Scottish Leaving Certificate Examination, 1954
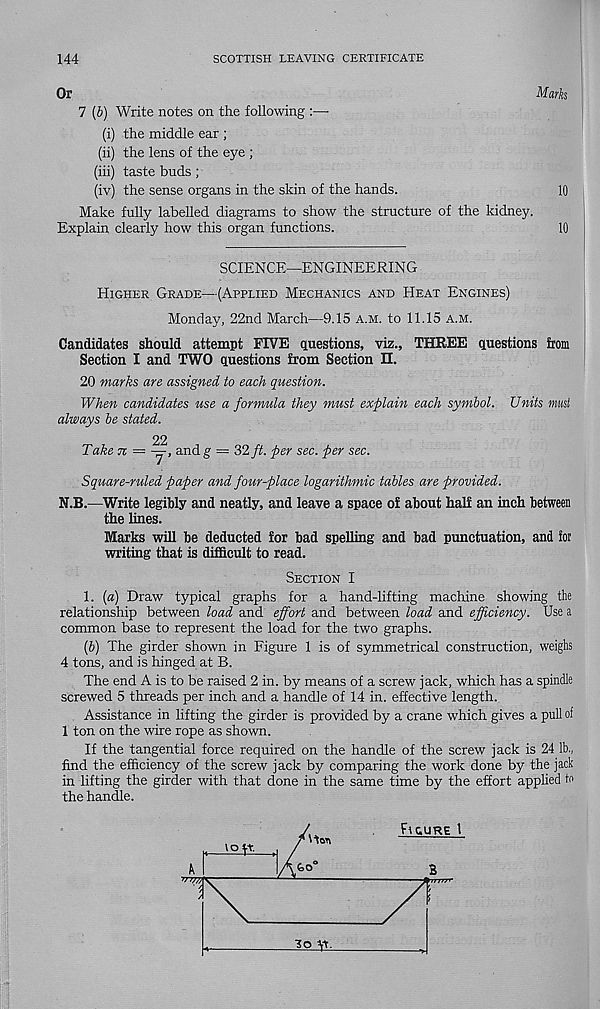
144
SCOTTISH LEAVING CERTIFICATE
Or
Mark
7 (b) Write notes on the following :—
(i) the middle ear ;
(ii) the lens of the eye ;
(iii) taste buds;
(iv) the sense organs in the skin of the hands.
10
Make fully labelled diagrams to show the structure of the kidney.
Explain clearly how this organ functions.
10
SCIENCE—ENGINEERING
Higher Grade—(Applied Mechanics and Heat Engines)
Monday, 22nd March—9.15 a.m. to 11.15 A.m.
Candidates should attempt FIVE questions, viz., THREE questions horn
Section I and TWO questions from Section n.
20 marks are assigned to each question.
When candidates use a formula they must explain each symbol. Units must
always be stated.
22
Take rc = —, and g = 32 ft. per sec. per sec.
Square-ruled paper and four-place logarithmic tables are provided.
N.B.—Write legibly and neatly, and leave a space of about half an inch between
the lines.
Marks will be deducted for bad spelling and bad punctuation, and for
writing that is difficult to read.
Section I
1. {a) Draw typical graphs for a hand-lifting machine showing the
relationship between load and effort and between load and efficiency. Use a
common base to represent the load for the two graphs.
(6) The girder shown in Figure 1 is of symmetrical construction, weighs
4 tons, and is hinged at B.
The end A is to be raised 2 in. by means of a screw jack, which has a spindle
screwed 5 threads per inch and a handle of 14 in. effective length.
Assistance in lifting the girder is provided by a crane which gives a pull of
1 ton on the wire rope as shown.
If the tangential force required on the handle of the screw jack is 24 lb,,
find the efficiency of the screw jack by comparing the work done by the jack
in lifting the girder with that done in the same time by the effort applied to
the handle.
Figure 1
Mem
lo yt.
Go
30